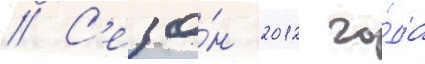
// С'езо́н 2012 го́да